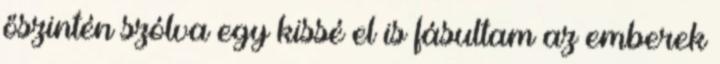
őszintén szólva egy kissé el is fásultam az emberek